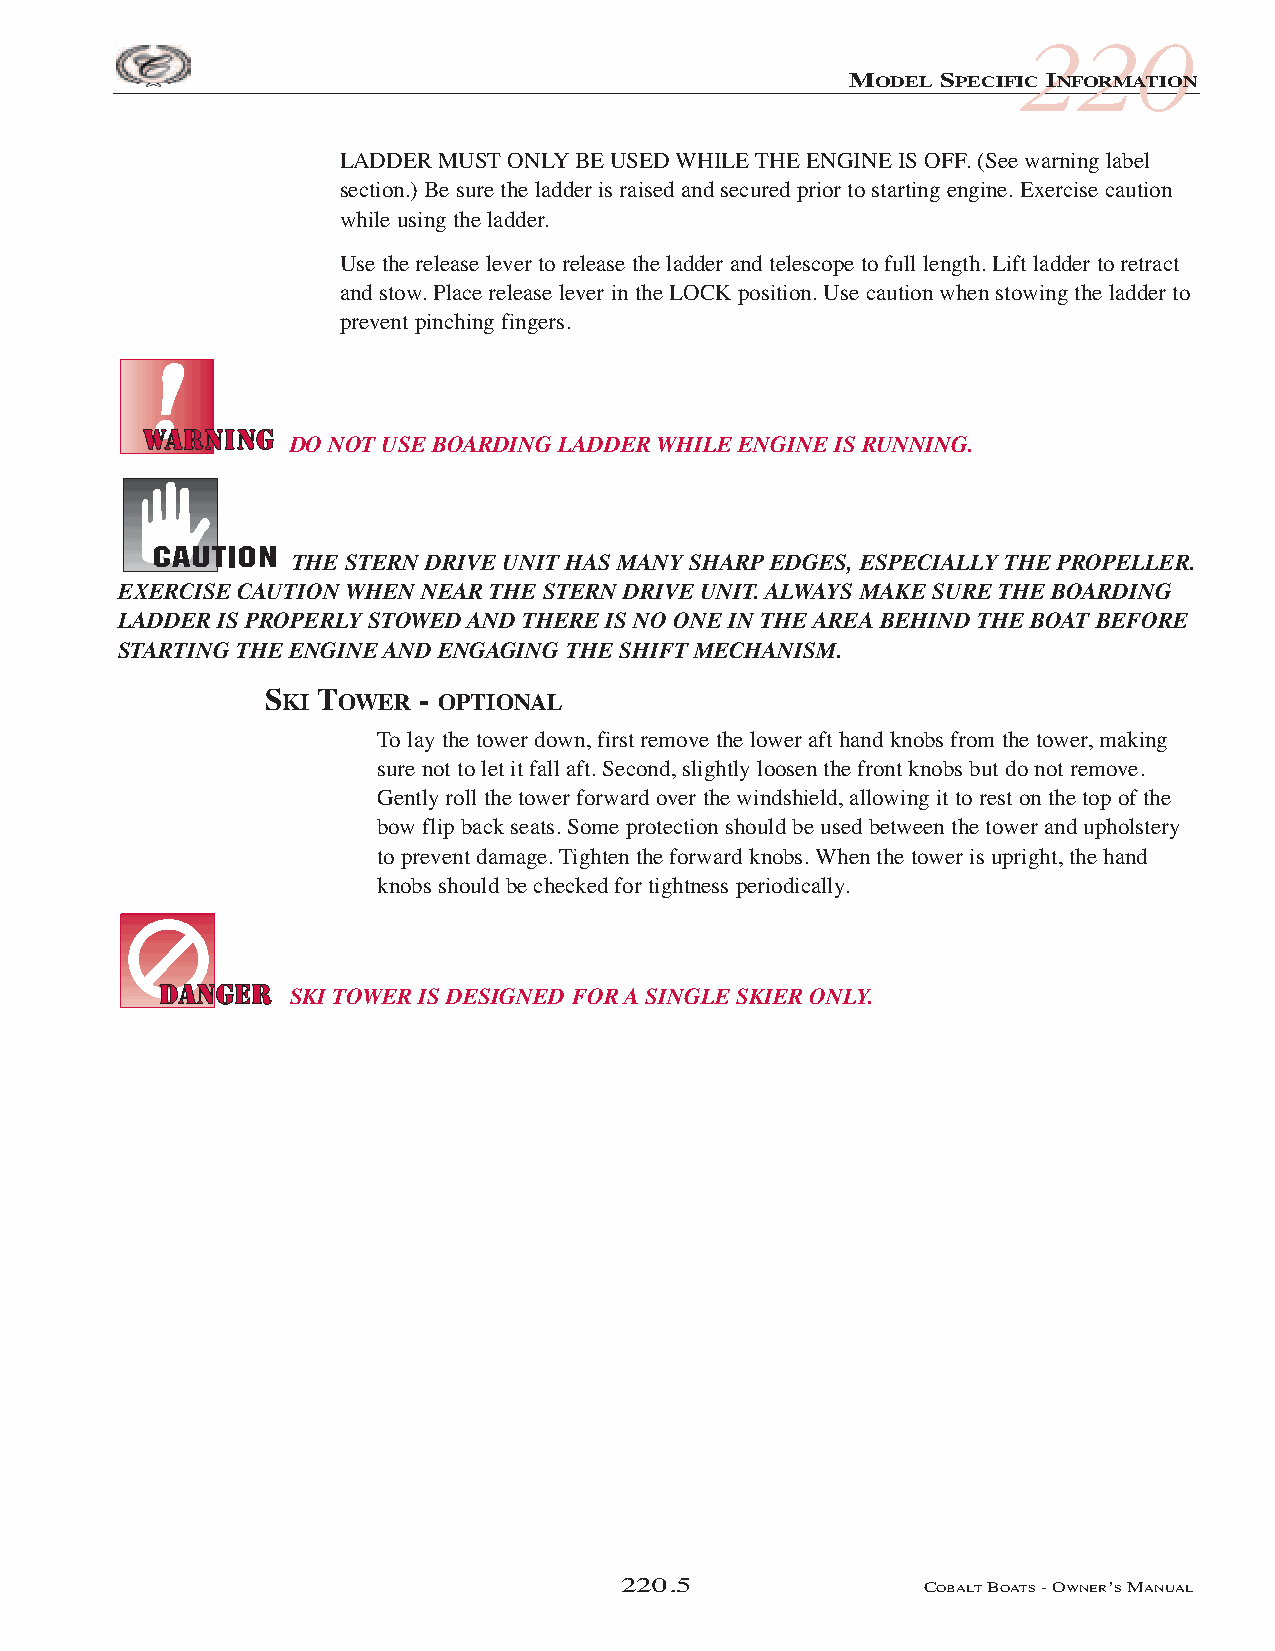
220
 MODEL SPECIFIC INFORMATION
 LADDER MUSTONLYBE USED WHILE THE ENGINE IS OFF. (See warning label
 section.) Be sure the ladder is raised and secured prior to starting engine. Exercise caution
 while using the ladder.
 Use the release lever to release the ladder and telescope to full length. Lift ladder to retract
 and stow. Place release lever in the LOCK position. Use caution when stowing the ladder to
 prevent pinching fingers.
 DO NOT USE BOARDING LADDER WHILE ENGINE IS RUNNING.
 THE STERN DRIVE UNIT HAS MANY SHARP EDGES, ESPECIALLY THE PROPELLER.
 EXERCISE CAUTION WHEN NEAR THE STERN DRIVE UNIT. ALWAYS MAKE SURE THE BOARDING
 LADDER IS PROPERLY STOWED AND THERE IS NO ONE IN THE AREA BEHIND THE BOAT BEFORE
 STARTING THE ENGINE AND ENGAGING THE SHIFT MECHANISM.
 SKI TOWER - OPTIONAL
 To lay the tower down, first remove the lower aft hand knobs from the tower, making
 sure not to let it fall aft. Second, slightly loosen the front knobs but do not remove.
 Gently roll the tower forward over the windshield, allowing it to rest on the top of the
 bow flip back seats. Some protection should be used between the tower and upholstery
 to prevent damage. Tighten the forward knobs. When the tower is upright, the hand
 knobs should be checked for tightness periodically.
 SKI TOWER IS DESIGNED FOR A SINGLE SKIER ONLY.
 220.5               COBALTBOATS- OWNER’SMANUAL